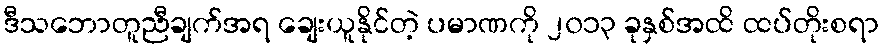
ဒီသဘောတူညီချက်အရ ချေးယူနိုင်တဲ့ ပမာဏကို ၂၀၁၃ ခုနှစ်အထိ ထပ်တိုးစရာ